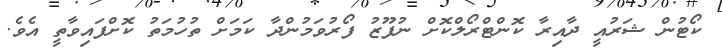
ކޯޓުން ޝަރުއީ ދާއިރާ ކޮންޓްރޯލްކޮށް ނުފޫޒު ފޯރުވަމުންދާ ކަމަށް ތުހުމަތު ކޮށްފައިވާތީ އެވެ.